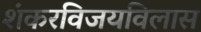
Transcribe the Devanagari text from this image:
शंकरविजयविलास